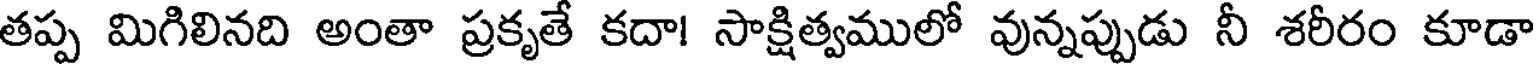
తప్ప మిగిలినది అంతా ప్రకృతే కదా! సాక్షిత్వములో వున్నప్పుడు నీ శరీరం కూడా